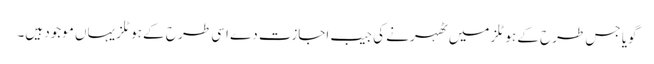
گویا جس طرح کے ہوٹلز میں ٹھہرنے کی جیب اجازت دے اسی طر ح کے ہوٹلز یہاں موجود ہیں۔